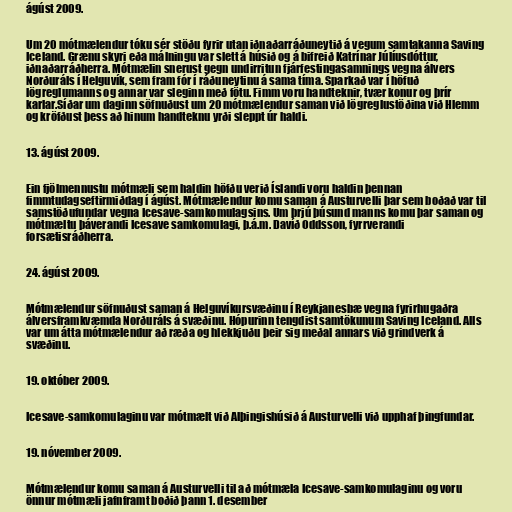
ágúst 2009.

Um 20 mótmælendur tóku sér stöðu fyrir utan iðnaðarráðuneytið á vegum samtakanna Saving
Iceland. Grænu skyri eða málningu var slett á húsið og á bifreið Katrínar Júlíusdóttur,
iðnaðarráðherra. Mótmælin snerust gegn undirritun fjárfestingasamnings vegna álvers
Norðuráls í Helguvík, sem fram fór í ráðuneytinu á sama tíma. Sparkað var í höfuð
lögreglumanns og annar var sleginn með fötu. Fimm voru handteknir, tvær konur og þrír
karlar.Síðar um daginn söfnuðust um 20 mótmælendur saman við lögreglustöðina við Hlemm
og kröfðust þess að hinum handteknu yrði sleppt úr haldi.

13. ágúst 2009.

Ein fjölmennustu mótmæli sem haldin höfðu verið Íslandi voru haldin þennan
fimmtudagseftirmiðdag í ágúst. Mótmælendur komu saman á Austurvelli þar sem boðað var til
samstöðufundar vegna Icesave-samkomulagsins. Um þrjú þúsund manns komu þar saman og
mótmæltu þáverandi Icesave samkomulagi, þ.á.m. Davíð Oddsson, fyrrverandi
forsætisráðherra.

24. ágúst 2009.

Mótmælendur söfnuðust saman á Helguvíkursvæðinu í Reykjanesbæ vegna fyrirhugaðra
álversframkvæmda Norðuráls á svæðinu. Hópurinn tengdist samtökunum Saving Iceland. Alls
var um átta mótmælendur að ræða og hlekkjuðu þeir sig meðal annars við grindverk á
svæðinu.

19. október 2009.

Icesave-samkomulaginu var mótmælt við Alþingishúsið á Austurvelli við upphaf þingfundar.

19. nóvember 2009.

Mótmælendur komu saman á Austurvelli til að mótmæla Icesave-samkomulaginu og voru
önnur mótmæli jafnframt boðið þann 1. desember